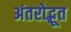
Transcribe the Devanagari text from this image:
अंतरोद्भूत